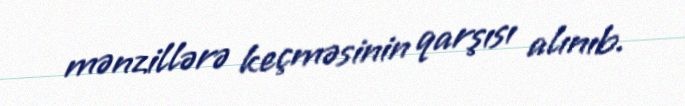
mənzillərə keçməsinin qarşısı alınıb.